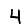
Digit: 4